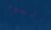
اليوم